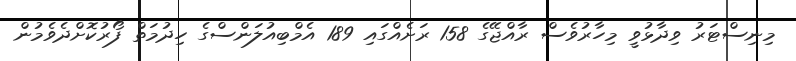
މިނިސްޓަރު ވިދާޅުވީ މިހާރުވެސް ރާއްޖޭގެ 158 ރަށެއްގައި 189 އެމްބިއުލަންސްގެ ހިދުމަތް ފޯރުކޮށްދެވެމުން